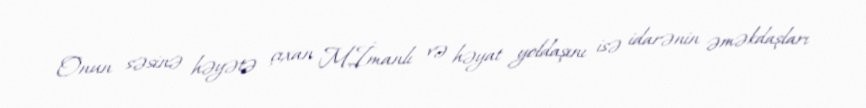
Onun səsinə həyətə çıxan M.İmanlı və həyat yoldaşını isə idarənin əməkdaşları